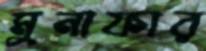
মুনাফার